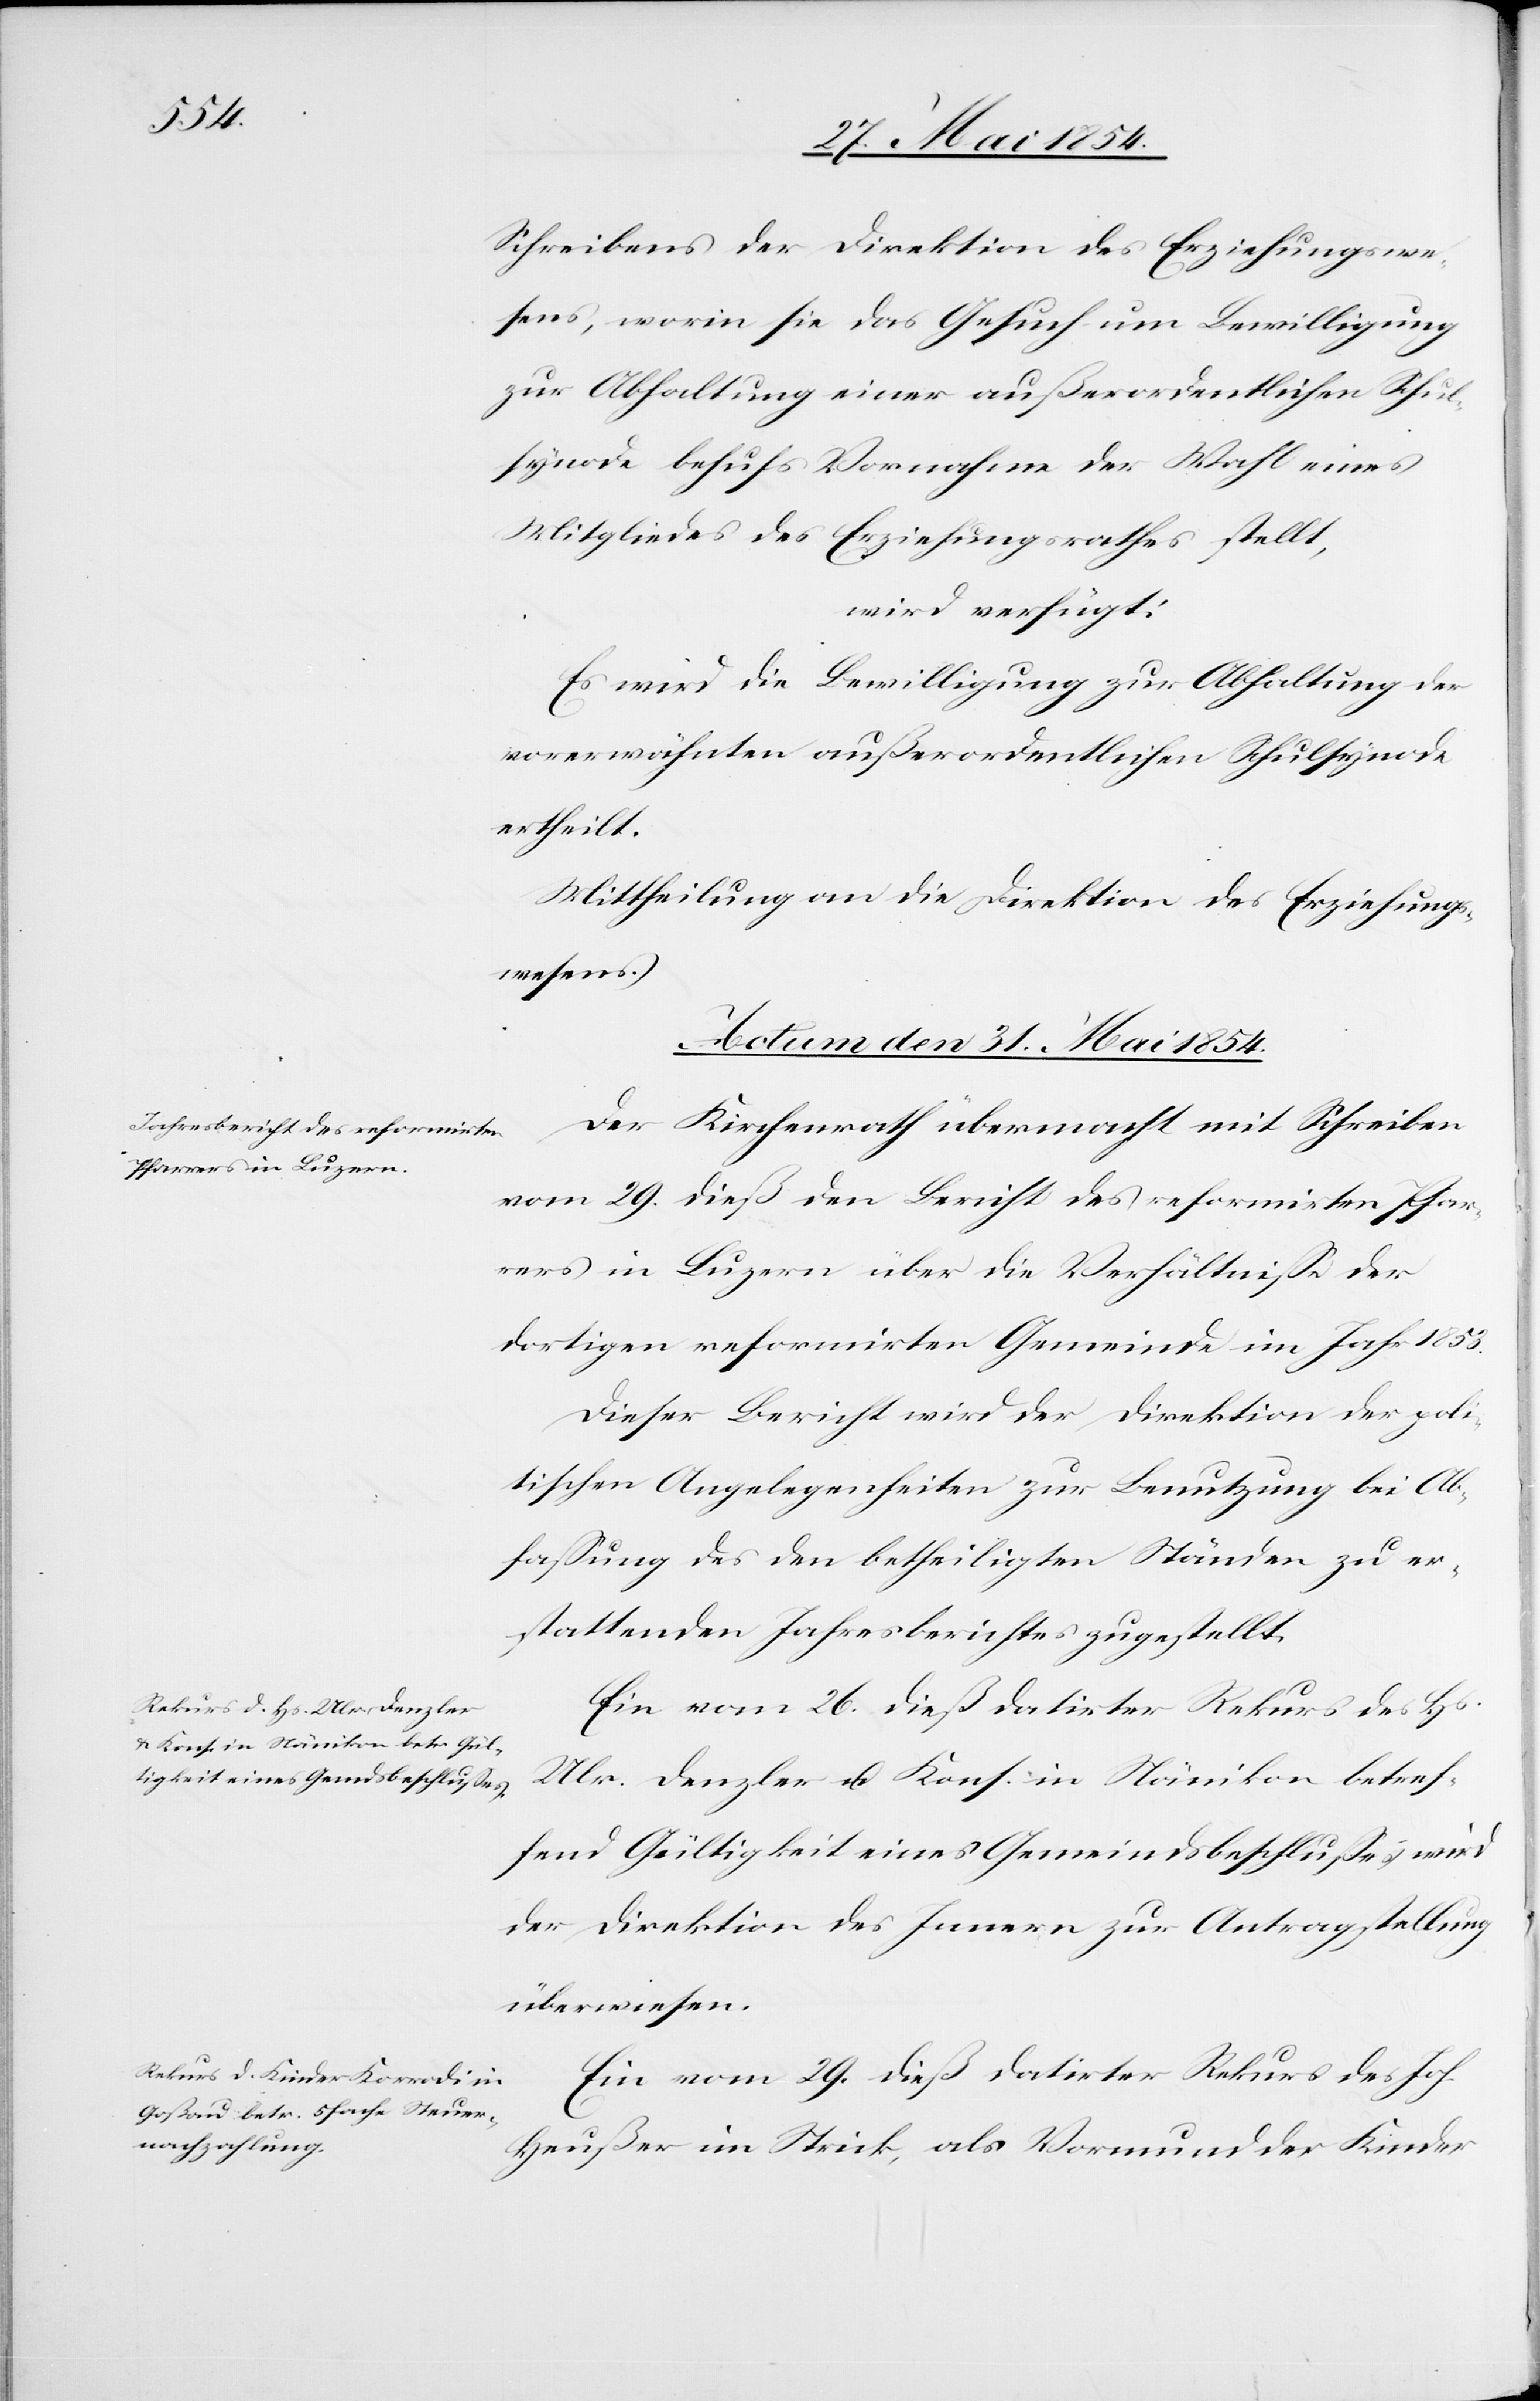
Schreibens der Direktion des Erziehungswe¬
sens, worin sie das Gesuch um Bewilligung
zur Abhaltung einer außerordentlichen Schul¬
synode behufs Vornahme der Wahl eines
Mitgliedes des Erziehungsrathes stellt,
wird verfügt:
Es wird die Bewilligung zur Abhaltung der
vorerwähnten außerordentlichen Schulsynode
ertheilt.
Mittheilung an die Direktion des Erziehungs¬
wesens.
Actum den 31. Mai 1854.]
Der Kirchenrath übermacht mit Schreiben
vom 29. dieß den Bericht des reformirten Pfar¬
rers in Luzern über die Verhältniße der
Dieser Bericht wird der Direktion der poli¬
tischen Angelegenheiten zur Benutzung bei Ab¬
faßung des den betheiligten Ständen zu er¬
stattenden Jahresberichtes zugestellt.
Ein vom 26. dieß datirter Rekurs des Hs.
Ulr. Denzler u. Kons. in Nänikon betref¬
fend Gültigkeit eines Gemeindsbeschlußes wird
der Direktion des Innern zur Antragstellung
überwiesen.
Ein vom 29. dieß datirter Rekurs des Joh.
Heußer im Strick, als Vormund der Kinder